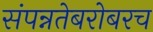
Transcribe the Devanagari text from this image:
संपन्नतेबरोबरच